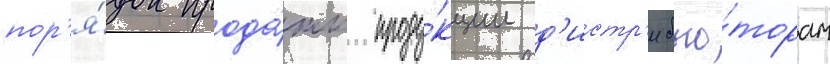
пор'я́док прода́жи проду́кции д'истр'ибью́торам